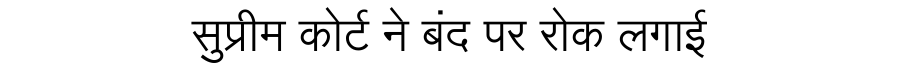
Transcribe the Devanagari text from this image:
सुप्रीम कोर्ट ने बंद पर रोक लगाई